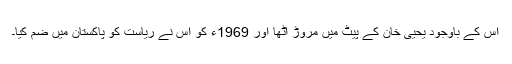
اس کے باوجود یحییٰ خان کے پیٹ میں مروڑ اُٹھا اور 1969ء کو اُس نے ریاست کو پاکستان میں ضم کیا۔